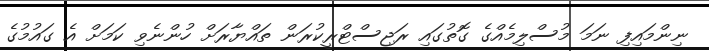
ނިންމައިފި ނަމަ މުސްލިމެއްގެ ގޮތުގައި ރަޖިސްޓްރީކުރަން ތައްޔާރަށް ހުންނެވި ކަމަށް އެ ގައުމުގެ